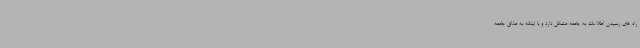
راه های رسیدن اطلاعات به جامعه مشکل دارد و یا اینکه به مذاق جامعه